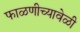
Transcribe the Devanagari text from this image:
फाळणीच्यावेळी